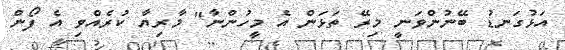
އަޅުގަނޑު ބޭނުންވަނީ މިރޭ ތަޅަން އެ މީހުންނާ" މާރިޔާ ކުރެއްވި އެ ފޯން